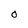
Character: O